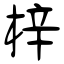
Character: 梓